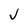
Character: J